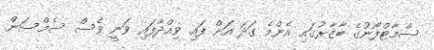
ސްމާޓްފޯނުގެ ބާޒާރުގައި އެންމެ ގަދަ އަށް ފައި ވިއްދާފައި ވަނީ ވެސް ސެމްސަން